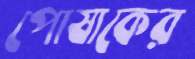
পোষাকের